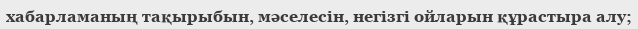
хабарламаның тақырыбын, мәселесін, негізгі ойларын құрастыра алу;